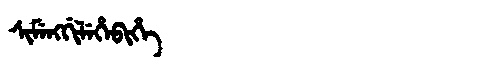
Manchu: ᠰᡳᠮᡝᠩᡤᡳᠯᡝᡥᡝᠪᡳᡥᡝ
Romanization: SIMENGGILEHEBIHE